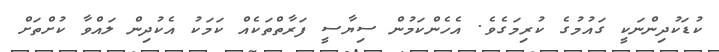
ކުޑަކުދިންނަކީ ގައުމުގެ ކުރިމަގެވެ. އެހެންކަމުން ސިޔާސީ ފަރާތްތަކެއް ކަމަކު އެކުދިން ލައްވާ ކުށްތަށް